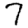
Digit: 7